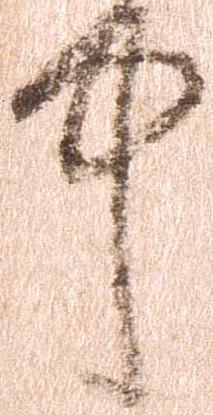
中